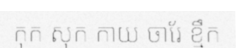
កុក សុក កាយ ចារែ ខ្មឹក